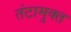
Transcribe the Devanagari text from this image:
तंटामुक्‍त